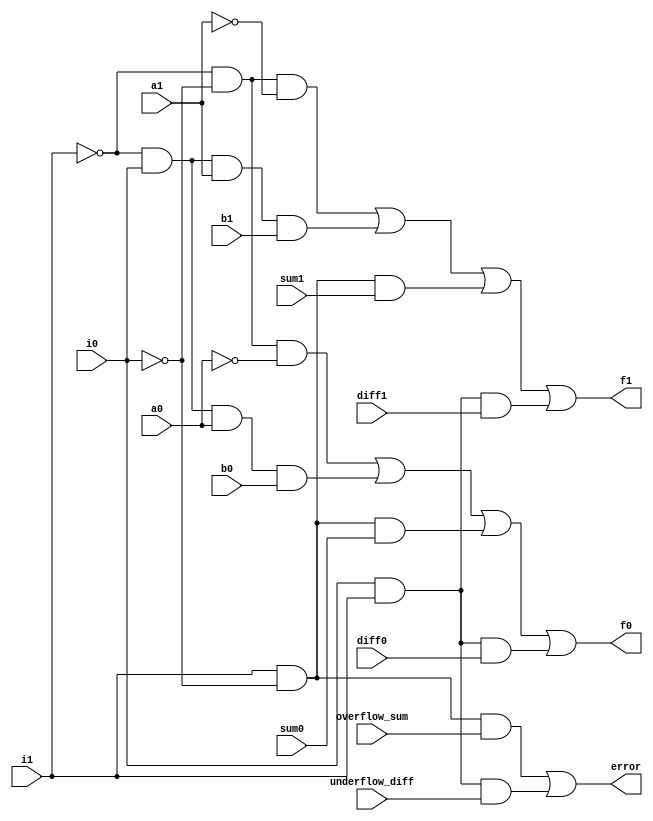
module combinedBehavioral(i0,i1,a0,a1,b0,b1,sum0,sum1,diff0,diff1,overflow_sum,underflow_diff,f0,f1,error);
	input i0,i1,a0,a1,b0,b1,sum0,sum1,diff0,diff1,overflow_sum,underflow_diff;
	output f0,f1,error;
	
	assign f1 = (!i1 &!i0 & !a1)|(!i1 & i0 & a1 & b1)|(i1 & !i0 & sum1)|(i0 & i1 & diff1);
	assign f0 = (!i1 & !i0 & !a0)|(!i1 & i0 & a0 & b0)|(i1 & !i0 & sum0)|(i0 & i1 & diff0);
	assign error = (i1 & !i0 & overflow_sum)|(i1 & i0 & underflow_diff);
endmodule